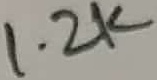
Text: 1.2K